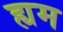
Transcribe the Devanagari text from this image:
ह्यम